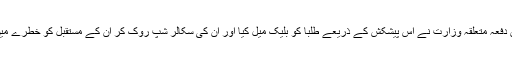
بیسیوں دفعہ متعلقہ وزارت نے اس پیشکش کے ذریعے طلبا کو بلیک میل کیا اور ان کی سکالر شپ روک کر ان کے مستقبل کو خطرے میں ڈالا۔